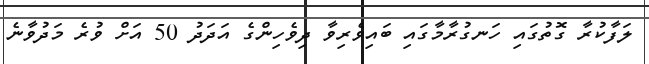
ލަފާކުރާ ގޮތުގައި ހަނގުރާމާގައި ބައިވެރިވާ ދިވެހިންގެ އަދަދު 50 އަށް ވުރެ މަދުވާނެ